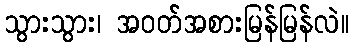
သွားသွား၊ အဝတ်အစားမြန်မြန်လဲ။